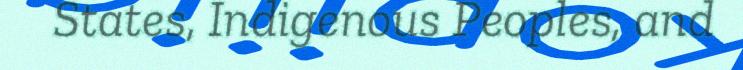
States, Indigenous Peoples, and